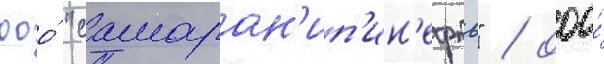
ооо́ "самаран'ип'ин'ефть" / ооо́